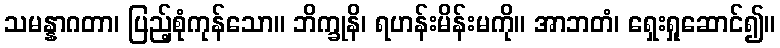
သမန္နာဂတာ၊ ပြည့်စုံကုန်သော။ ဘိက္ခုနိ၊ ရဟန်းမိန်းမကို။ အာဘတံ၊ ရှေးရှုဆောင်၍။